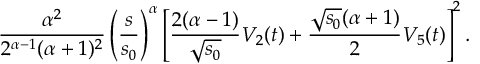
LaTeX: \frac { \alpha ^ { 2 } } { 2 ^ { \alpha - 1 } ( \alpha + 1 ) ^ { 2 } } \left( \frac { s } { s _ { 0 } } \right) ^ { \alpha } \left[ \frac { 2 ( \alpha - 1 ) } { \sqrt { s _ { 0 } } } V _ { 2 } ( t ) + \frac { \sqrt { s _ { 0 } } ( \alpha + 1 ) } { 2 } V _ { 5 } ( t ) \right] ^ { 2 } .